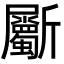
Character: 斸